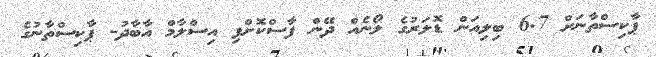
ޕާކިސްތާނަށް 6.7 ބިލިއަން ޑޮލަރުގެ ލޯނެއް ދޭން ފާސްކޮށްފި އިސްލާމް އާބާދު- ޕާކިސްތާނުގެ